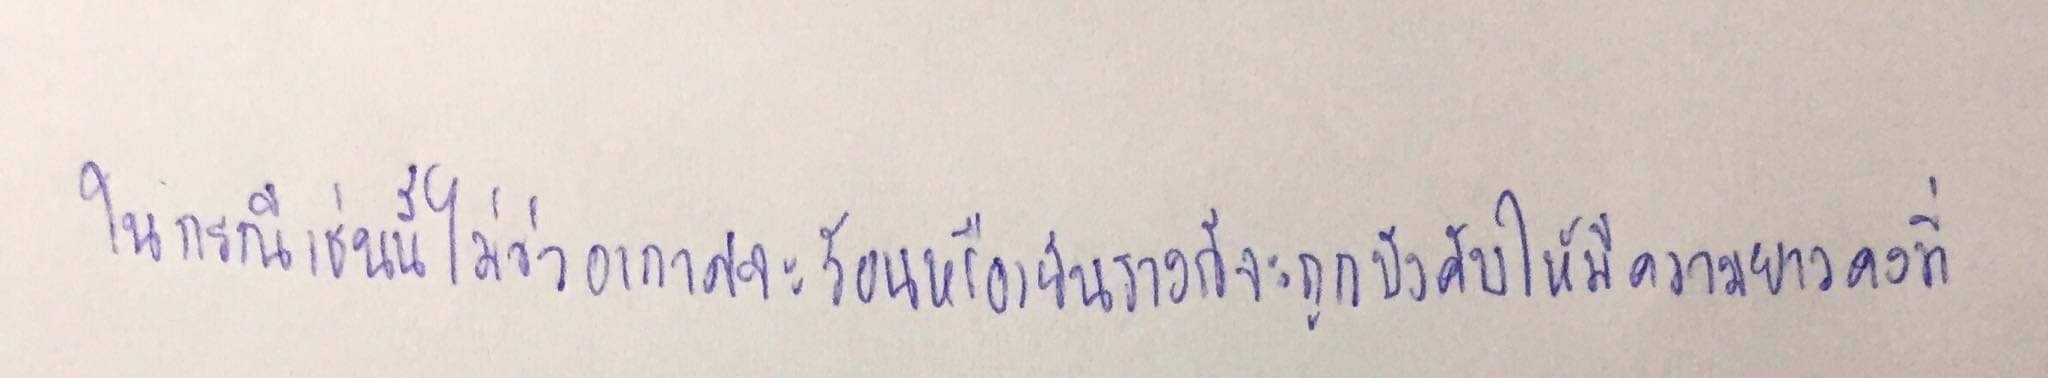
ในกรณีเช่นนี้ไม่ว่าอากาศจะร้อนหรือเย็นรางก็จะถูกบังคับให้มีความยาวคงที่